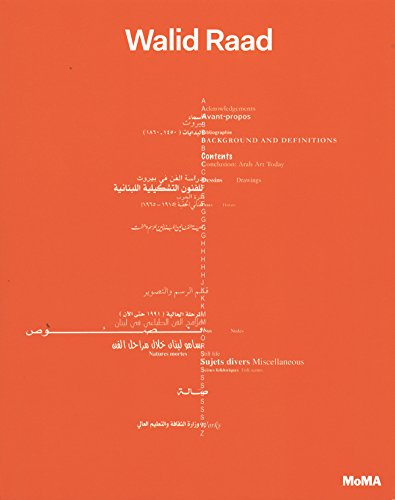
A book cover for Walid Raad; Finbarr Flood; Arts & Photography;